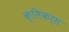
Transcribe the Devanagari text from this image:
क्लिकर्स